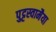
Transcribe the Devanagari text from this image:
पुट्टस्वामैया